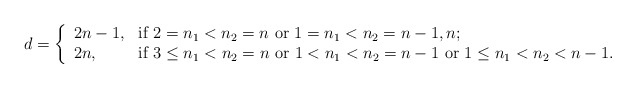
\begin{align*}d=\left\{ \begin{array}{ll} 2n-1, & \hbox{if $2=n_1<n_2=n$ or $1=n_1<n_2=n-1,n$;}\\ 2n, & \hbox{if $3\leq n_1<n_2=n$ or $1<n_1<n_2=n-1$ or $1\leq n_1<n_2<n-1$.} \end{array} \right.\end{align*}